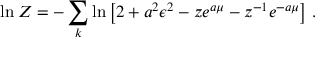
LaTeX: \ln Z = - \sum _ { k } \ln \left[ 2 + a ^ { 2 } \epsilon ^ { 2 } - z e ^ { a \mu } - z ^ { - 1 } e ^ { - a \mu } \right] \, .